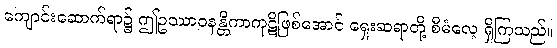
ကျောင်းဆောက်ရာ၌ ဤဥဿာဝနန္တိကာကုဋိဖြစ်အောင် ရှေးဆရာတို့ စီမံလေ့ ရှိကြသည်။